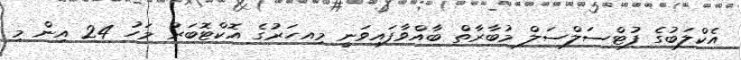
އެކްލަބުގެ ފުޓްސަލްސަލް މުބާރާތް ބާއްވާފައިވަނީ މިއހަރުގެ އޮކްޓޮބަރު މަހު 24 އިން މި